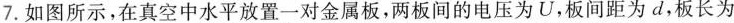
7.如图所示,在真空中水平放置一对金属板，两板间的电压为U，板间距为d，板长为